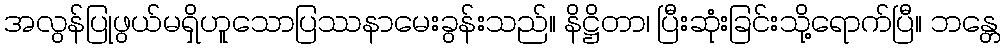
အလွန်ပြုဖွယ်မရှိဟူသောပြဿနာမေးခွန်းသည်။ နိဋ္ဌိတာ၊ ပြီးဆုံးခြင်းသို့ရောက်ပြီ။ ဘန္တေ